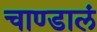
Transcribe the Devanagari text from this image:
चाण्डालं